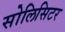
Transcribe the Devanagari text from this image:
सोलिसिटर